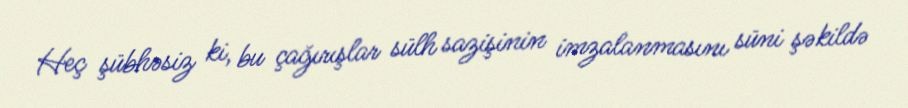
Heç şübhəsiz ki, bu çağırışlar sülh sazişinin imzalanmasını süni şəkildə